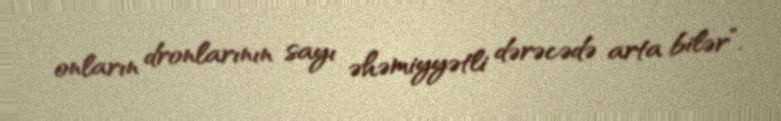
onların dronlarının sayı əhəmiyyətli dərəcədə arta bilər”.